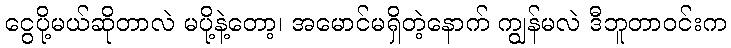
ငွေပို့မယ်ဆိုတာလဲ မပို့နဲ့တော့၊ အမောင်မရှိတဲ့နောက် ကျွန်မလဲ ဒီဘူတာဝင်းက